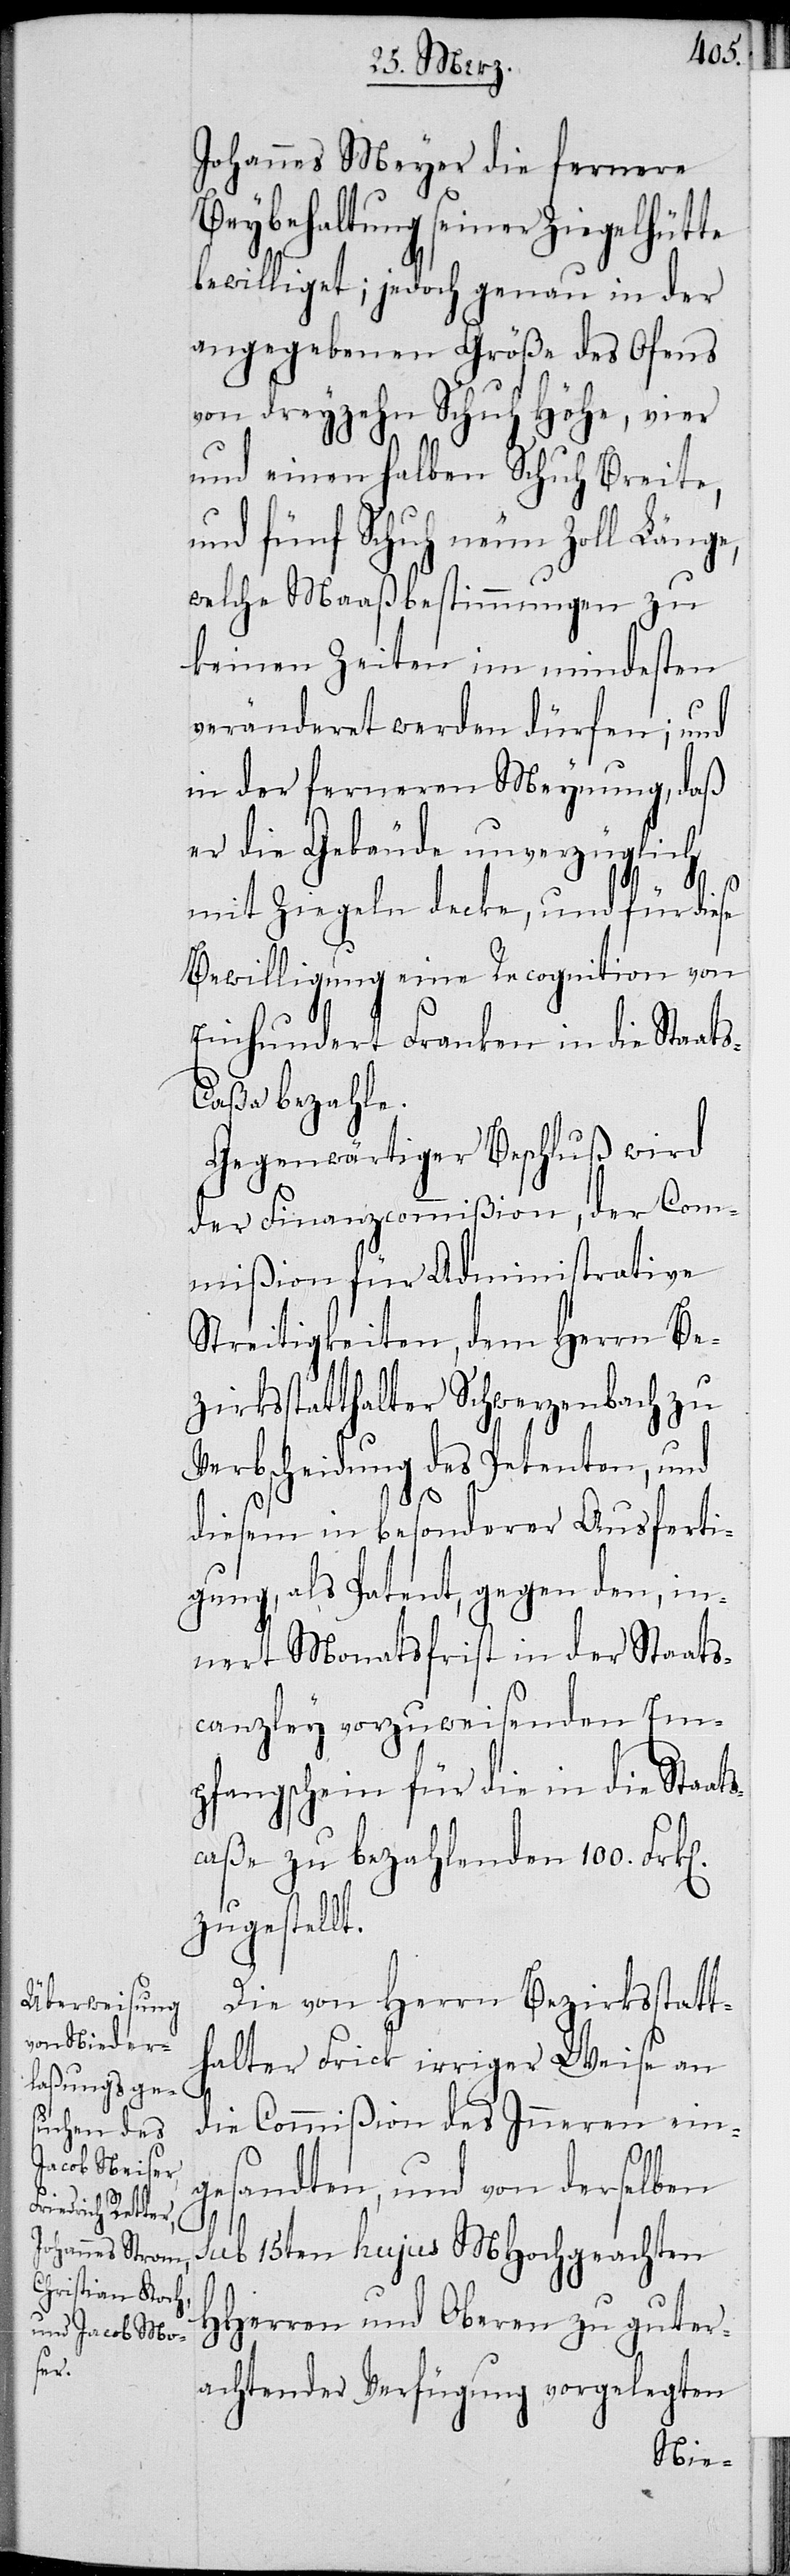
Johannes Meyer die fernere
Beybehaltung seiner Ziegelhütte
bewilliget; jedoch genau in der
angegebenen Größe des Ofens
von dreyzehn Schuh Höhe, vier
und einen halben Schuh Breite,
und fünf Schuh neun Zoll Länge,
welche Maaßbestimmungen zu
keinen Zeiten im mindesten
veränderet werden dürfen; und
in der ferneren Meynung, daß
er die Gebäude unverzüglich
mit Ziegeln decke, und für diese
Bewilligung eine Recognition von
Einhundert Franken in die Staats¬
caßa bezahle.
Gegenwärtiger Beschluß wird
der Finanzcommißion, der Com¬
mißion für Administrative
Streitigkeiten, dem Herrn Be¬
zirksstatthalter Schwerzenbach zu
Verbscheidung des Petenten, und
diesem in besonderer Ausferti¬
gung, als Patent, gegen den, in¬
nert Monatsfrist in der Staats¬
canzley vorzuweisenden Em¬
pfangschein für die in die Staat¬
caße zu bezahlenden 100. Frk[e¬
zugestellt.
Die von Herrn Bezirksstatt¬
halter Frick irriger Weise an
die Commißion des Inneren ein¬
s¬
gesandten, und von derselben
n].
sub 15ten hujus MHochgeachten
HHerren und Oberen zu guter¬
achtender Verfügung vorgelegten